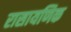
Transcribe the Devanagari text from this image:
रासायणिक